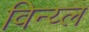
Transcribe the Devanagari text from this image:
विन्य्ल